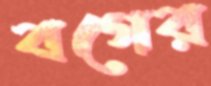
বগের